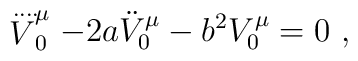
\stackrel{....}V_{0}^{\mu}-2a\ddot V_{0}^{\mu} -b^2 V_{0}^{\mu}=0~,